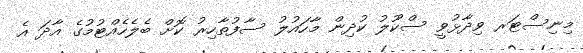
މިނިސްޓަރ ވިދާޅުވީ ސްކޫލު ކުދިން މާހައުލު ސާފުތާހިރު ކޮށް ބެލެހެއްޓުމުގެ އާދަ އެ